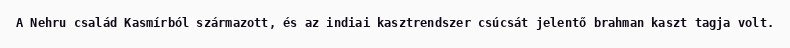
A Nehru család Kasmírból származott, és az indiai kasztrendszer csúcsát jelentő brahman kaszt tagja volt.